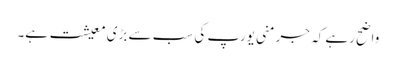
واضح رہے کہ جرمنی یورپ کی سب سے بڑی معیشت ہے۔